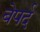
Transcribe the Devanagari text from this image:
बेपर्द